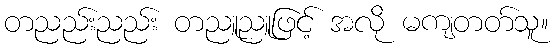
တညည်းညည်း တညူညူဖြင့် အလို မကျတတ်သူ။